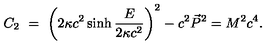
C _ { 2 } \ = \ \left( 2 \kappa c ^ { 2 } \sinh \frac { E } { 2 \kappa c ^ { 2 } } \right) ^ { 2 } - c ^ { 2 } \vec { P } ^ { 2 } = M ^ { 2 } c ^ { 4 } .